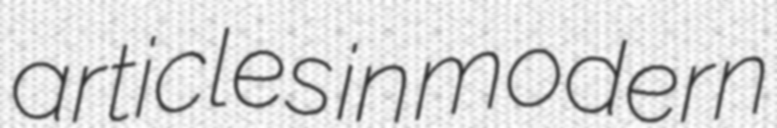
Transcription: articles in modern